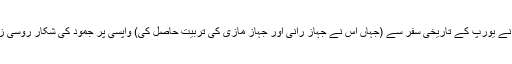
پیلوتراول (یا پیٹر اعظم) نے یورپ کے تاریخی سفر سے (جہاں اس نے جہاز رانی اور جہاز مازی کی تربیت حاصل کی) واپسی پر جمود کی شکار روسی زندگی کو نیا چولا بدلوایا۔